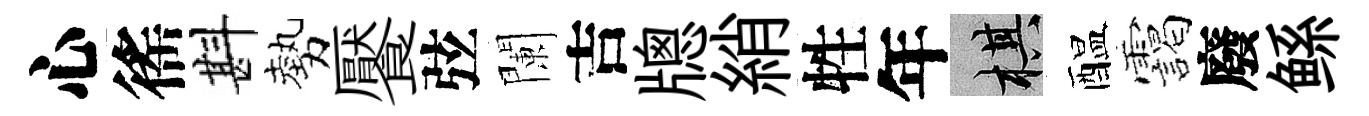
心徭斟勢饜弦闌吉牕綃牲年棋醖靄廢鲧